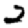
Digit: 2